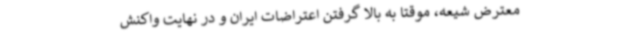
معترض شیعه، موقتاً به بالا گرفتن اعتراضات ایران و در نهایت واکنش